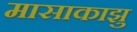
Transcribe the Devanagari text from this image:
मासाकाझु